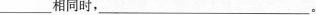
相同时，___。